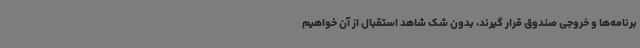
برنامه‌ها و خروجی صندوق قرار گیرند، بدون شک شاهد استقبال از آن خواهیم